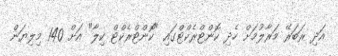
އަދި ރަބަރޭ މަރާލުމަށް ހެދި ކޮންޓްރެކްޓްގައި "ކޮންޓްރެކްޓް ކިލާ" އަށް 140 މިލިޔަން